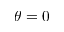
\theta = 0